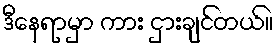
ဒီနေရာမှာ ကား ငှားချင်တယ်။